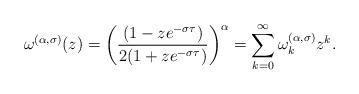
LaTeX: \begin{align*}\omega^{(\alpha,\sigma)}(z)=\left(\frac{(1-ze^{-\sigma\tau})}{2(1+ze^{-\sigma\tau})}\right)^{\alpha}=\sum_{k=0}^{\infty}\omega^{(\alpha,\sigma)}_{k}z^k.\end{align*}